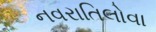
નવરાતિલોવા